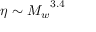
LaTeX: \eta \sim { M _ { w } } ^ { 3 . 4 }